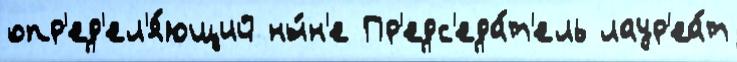
опр'ед'ел'я́ющий ны́н'е Пр'едс'еда́т'ель лаур'еа́т